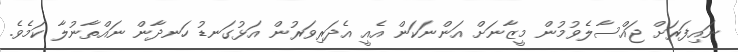
ނައިފަރަށް ޖައްސާލެވުމުން މީޒާނަށް އަންނަކަން އެއީ އެދަރިވަރުން އަޅުގަނޑު ހަނދާން ނައްތާނުލާ ކަމެވެ.